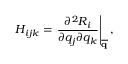
H _ { i j k } = \left. \frac { \partial ^ { 2 } R _ { i } } { \partial q _ { j } \partial q _ { k } } \right| _ { \mathbf { \overline { { q } } } } ,